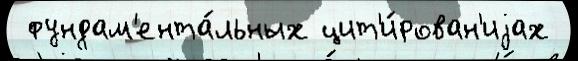
 фундам'ента́льных цит'и́рован'иjах